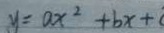
y = a x ^ { 2 } + b x +